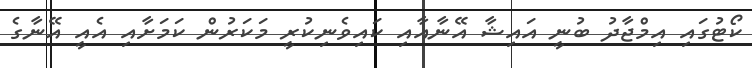
ކޯޓުގައި އިމްޖާދު ބުނީ އައިޝާ އޭނާއާއި ކައިވެނިކުރީ މަކަރުން ކަމަށާއި އެއީ އޭނާގެ